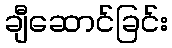
ချီဆောင်ခြင်း